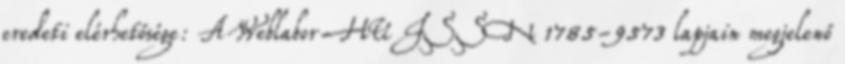
eredeti elérhetősége: A Weblabor HU ISSN 1785-9573 lapjain megjelenő